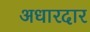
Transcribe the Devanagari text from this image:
अधारदार